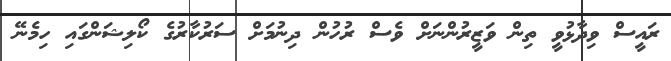
ރައީސް ވިދާޅުވީ ތިން ވަޒީރުންނަށް ވެސް ރުހުން ދިނުމަށް ސަރުކާރުގެ ކޯލިޝަންގައި ހިމެނޭ